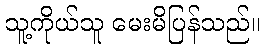
သူ့ကိုယ်သူ မေးမိပြန်သည်။